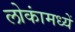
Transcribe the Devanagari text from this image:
लोकांमध्यें